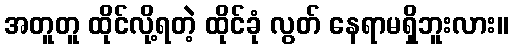
အတူတူ ထိုင်လို့ရတဲ့ ထိုင်ခုံ လွတ် နေရာမရှိဘူးလား။